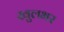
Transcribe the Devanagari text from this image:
खुलभर